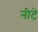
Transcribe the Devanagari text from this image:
नीटे